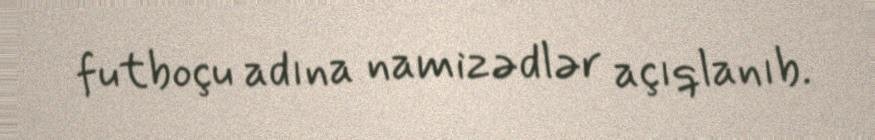
futboçu adına namizədlər açıqlanıb.